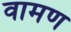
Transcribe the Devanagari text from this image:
वामण